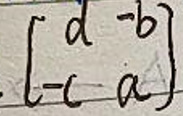
$\begin{bmatrix} d& -b\\ -c&a\end{bmatrix}$